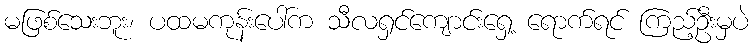
မဖြစ်သေးဘူး၊ ပထမကုန်းပေါ်က သီလရှင်ကျောင်းရှေ့ ရောက်ရင် ကြည့်ဦးမှပဲ